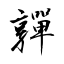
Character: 嚲